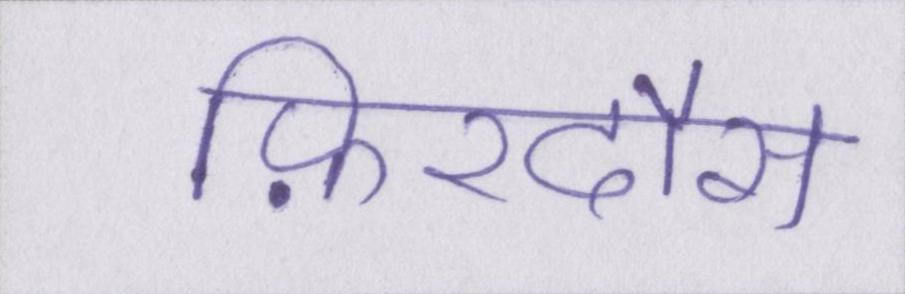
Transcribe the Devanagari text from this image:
फ़िरदौस